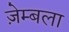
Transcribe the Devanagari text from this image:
ज़ेम्बला